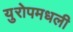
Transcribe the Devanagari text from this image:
युरोपमधली